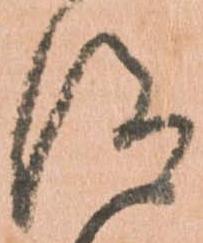
仰